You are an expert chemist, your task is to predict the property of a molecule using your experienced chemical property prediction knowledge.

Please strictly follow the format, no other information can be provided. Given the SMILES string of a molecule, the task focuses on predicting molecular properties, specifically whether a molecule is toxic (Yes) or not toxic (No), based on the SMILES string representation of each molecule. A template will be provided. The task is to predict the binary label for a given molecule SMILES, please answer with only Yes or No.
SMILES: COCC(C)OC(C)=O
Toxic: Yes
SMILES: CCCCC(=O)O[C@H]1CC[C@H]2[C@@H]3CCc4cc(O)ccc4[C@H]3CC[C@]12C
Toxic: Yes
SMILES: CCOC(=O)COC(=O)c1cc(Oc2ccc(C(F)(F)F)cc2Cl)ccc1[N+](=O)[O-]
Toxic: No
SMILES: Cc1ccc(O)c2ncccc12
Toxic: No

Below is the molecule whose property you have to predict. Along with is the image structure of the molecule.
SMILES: CCCCCCCCCCCCN
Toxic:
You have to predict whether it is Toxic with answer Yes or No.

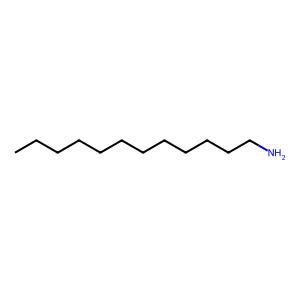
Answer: No